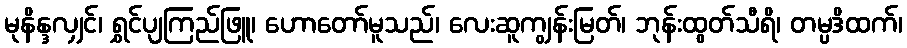
မုနိန္ဒလျှင်၊ ရွှင်ပျကြည်ဖြူ၊ ဟောတော်မူသည်၊ လေးဆူကျွန်းမြတ်၊ ဘုန်းထွတ်သီရိ၊ တမ္ပဒိထက်၊